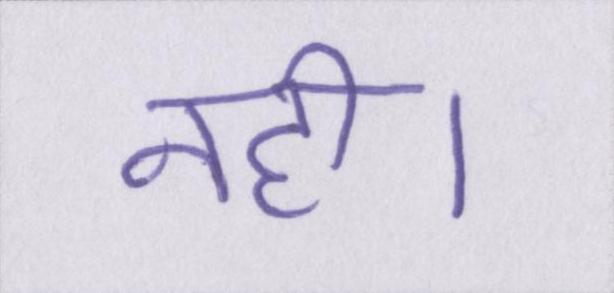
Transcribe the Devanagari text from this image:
नही।